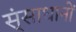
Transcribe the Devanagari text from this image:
स्ंसाधानों